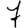
Digit: 7